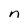
Character: n